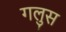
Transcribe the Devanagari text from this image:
गलुस